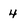
Character: 4